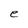
Character: e